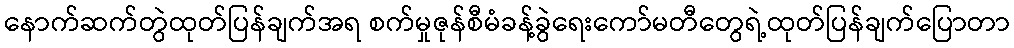
နောက်ဆက်တွဲထုတ်ပြန်ချက်အရ စက်မှုဇုန်စီမံခန့်ခွဲရေးကော်မတီတွေရဲ့ထုတ်ပြန်ချက်ပြောတာ